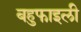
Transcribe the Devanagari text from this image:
बहुफाइली